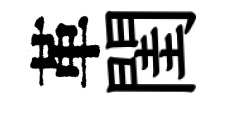
革閨